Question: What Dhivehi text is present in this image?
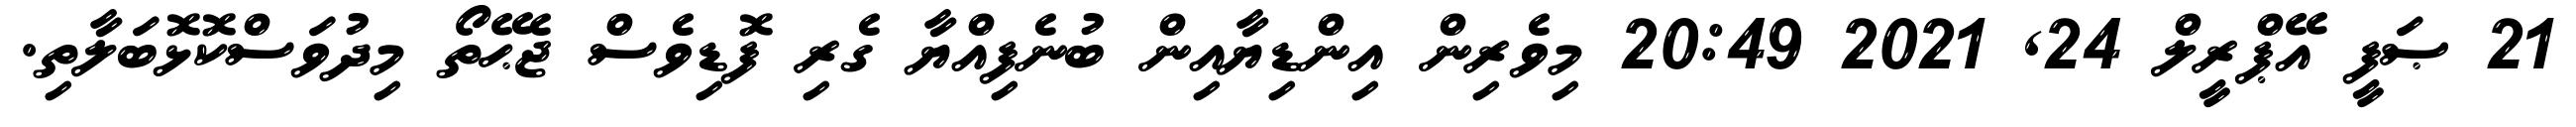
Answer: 21 ޞަފީ އޭޕްރީލް 24, 2021 20:49 މިވެރިން އިންޑިޔާއިން ބުނެފިއްޔާ ގެރި ފޮޑިވެސް ޖެޙޭތޯ މިދުވަސްކޮޅޮބަލާތި.